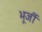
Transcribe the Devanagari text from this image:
भूर्जी